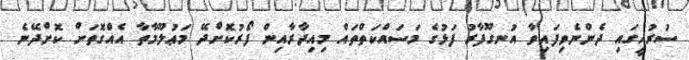
ސުރުޚީގައި ދެންނެވިފައިވާ އުނގޫފާރު ފަޅުގެ މަސައްކަތްތައް މިއިދާރާއިން ފޯރުކޮށްދޭ މަޢުލޫމާތާ އެއްގޮތަށް ކޮށްދޭނެ